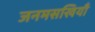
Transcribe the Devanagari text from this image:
जनमसखियाँ